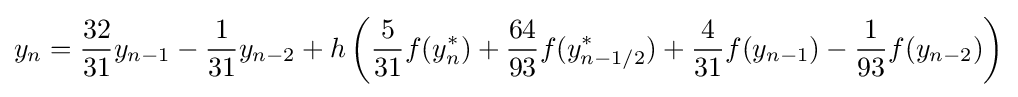
y_{n}={\frac {32}{31}}y_{n-1}-{\frac {1}{31}}y_{n-2}+h\left({\frac {5}{31}}f(y_{n}^{*})+{\frac {64}{93}}f(y_{n-1/2}^{*})+{\frac {4}{31}}f(y_{n-1})-{\frac {1}{93}}f(y_{n-2})\right)